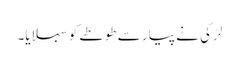
لڑکی نے پیار سے طوطے کو سہلایا۔